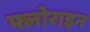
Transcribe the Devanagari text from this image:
फ्लोराइन